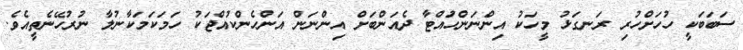
ސަބަބަކީ ހުހަށްހުރި ރަނގަޅު މީހަކު އިންނަންހުައްޓާ ދެއަންބަށް އިންނަން އަންހެންކުއްޖަކު ހަމަކަމަކާނުލާ ނުރުހޭނެތީއެވެ.